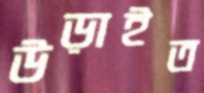
উড়াইত